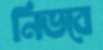
নিভবে